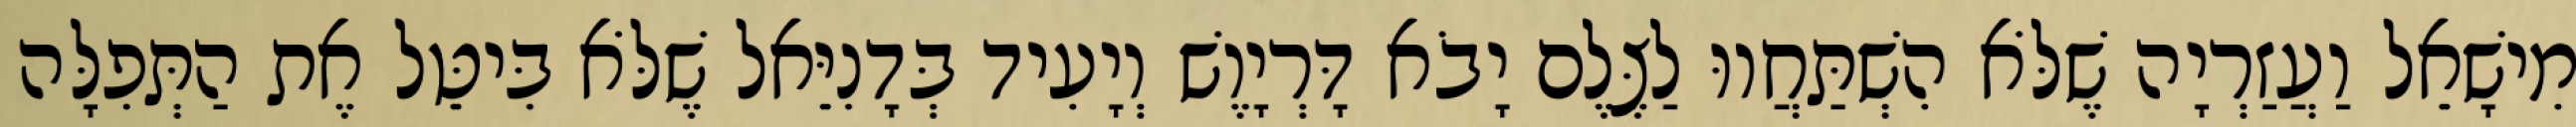
מִישָׁאֵל וַעֲזַרְיָה שֶׁלֹּא הִשְׁתַּחֲווּ לַצֶּלֶם יָבֹא דָּרְיָוֶשׁ וְיָעִיד בְּדָנִיֵּאל שֶׁלֹּא בִּיטֵּל אֶת הַתְּפִלָּה